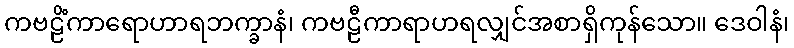
ကဗဠိံကာရောဟာရဘက္ခာနံ၊ ကဗဠီကာရာဟရလျှင်အစာရှိကုန်သော။ ဒေဝါနံ၊